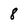
Character: 8